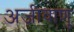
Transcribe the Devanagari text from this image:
अजीवाणु